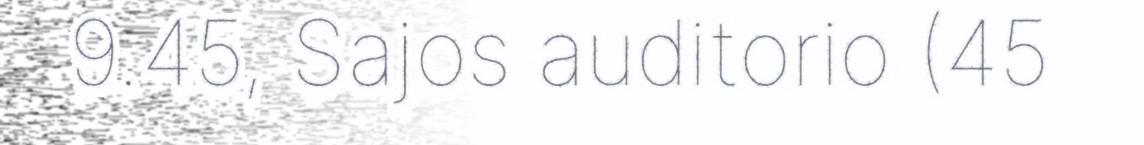
9.45, Sajos auditorio (45